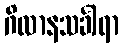
ဂိလာနသင်္ခါရာ